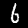
Label: 6